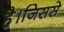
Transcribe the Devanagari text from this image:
है।जिससे